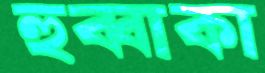
হুব্বাকা